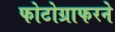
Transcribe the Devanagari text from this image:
फोटोग्राफरने